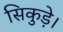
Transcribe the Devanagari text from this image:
सिकुड़े।